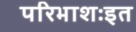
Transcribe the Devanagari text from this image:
परिभाशःइत